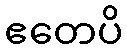
ဧတေပိ